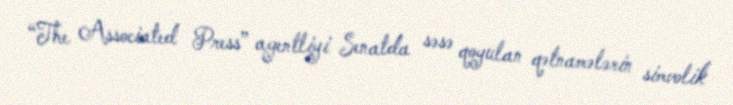
“The Associated Press” agentliyi Senatda səsə qoyulan qətnamələrin simvolik